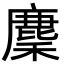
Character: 𢋟